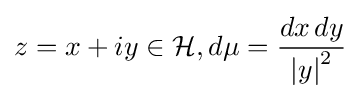
z=x+iy\in {\mathcal {H}},d\mu ={\frac {dx\,dy}{\left\vert y\right\vert ^{2}}}